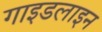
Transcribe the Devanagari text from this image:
गाइडलाइन